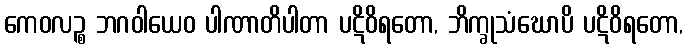
ကေဝလဉ္စ ဘဂဝါယေဝ ပါဏာတိပါတာ ပဋိဝိရတော, ဘိက္ခုသံဃောပိ ပဋိဝိရတော,